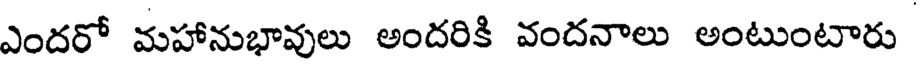
ఎందరో మహానుభావులు అందరికి వందనాలు అంటుంటారు